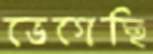
ভেগেছি